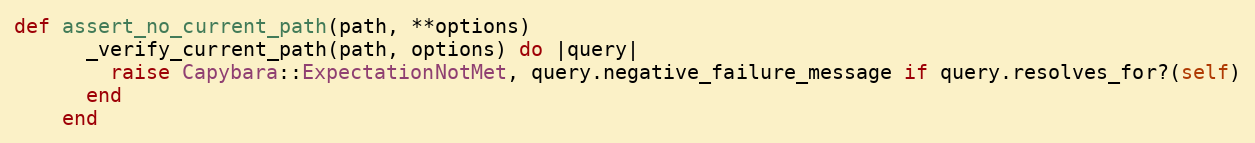
Language: Ruby
def assert_no_current_path(path, **options)
      _verify_current_path(path, options) do |query|
        raise Capybara::ExpectationNotMet, query.negative_failure_message if query.resolves_for?(self)
      end
    end